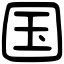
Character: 国